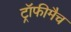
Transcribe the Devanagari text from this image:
ट्रॉफीमैच